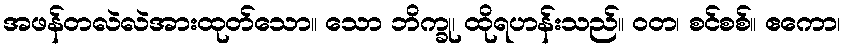
အဖန်တလဲလဲအားထုတ်သော။ သော ဘိက္ခု၊ ထိုရဟန်းသည်။ ဝတ၊ စင်စစ်။ ဧကော၊